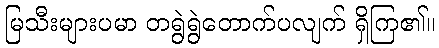
မြသီးများပမာ တရွဲရွဲတောက်ပလျက် ရှိကြ၏။